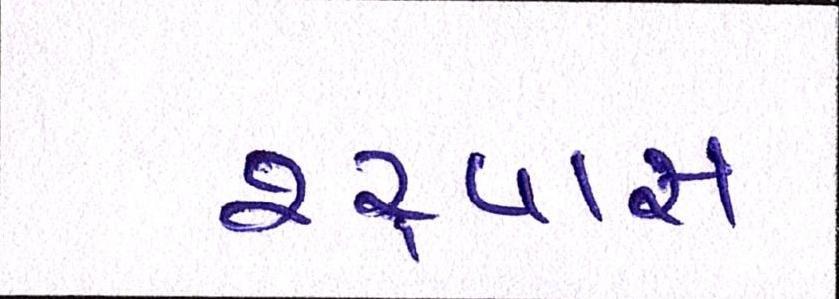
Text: શ્ર્વાસ